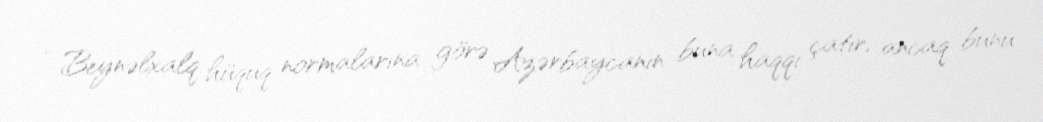
- Beynəlxalq hüquq normalarına görə Azərbaycanın buna haqqı çatır, ancaq bunu